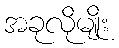
အခုလိုမျိုး